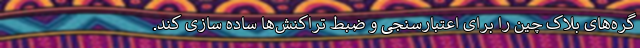
گره‌های بلاک چین را برای اعتبارسنجی و ضبط تراکنش‌ها ساده سازی کند.